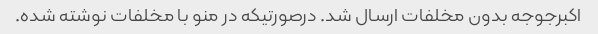
اکبرجوجه بدون مخلفات ارسال شد. درصورتیکه در منو با مخلفات نوشته شده.